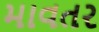
માવતર